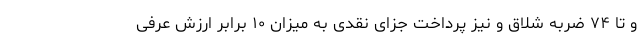
و تا ۷۴ ضربه شلاق و نیز پرداخت جزای نقدی به میزان ۱۰ برابر ارزش عرفی